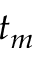
t _ { m }